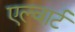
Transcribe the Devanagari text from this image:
एल्वार्ट